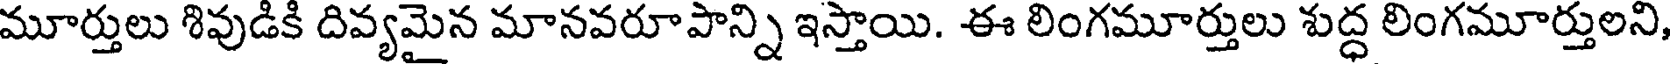
మూర్తులు శివుడికి దివ్యమైన మానవరూపాన్ని ఇస్తాయి. ఈ లింగమూర్తులు శుద్ధ లింగమూర్తులని